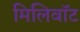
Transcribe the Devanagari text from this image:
मिलिवॉट